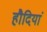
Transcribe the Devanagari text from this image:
हौदियां